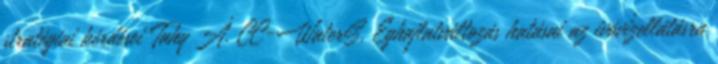
stratégiai kérdései Tahy Á. CC-WaterS, Éghajlatváltozás hatásai az ivóvízellátásra